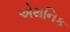
એથનિક